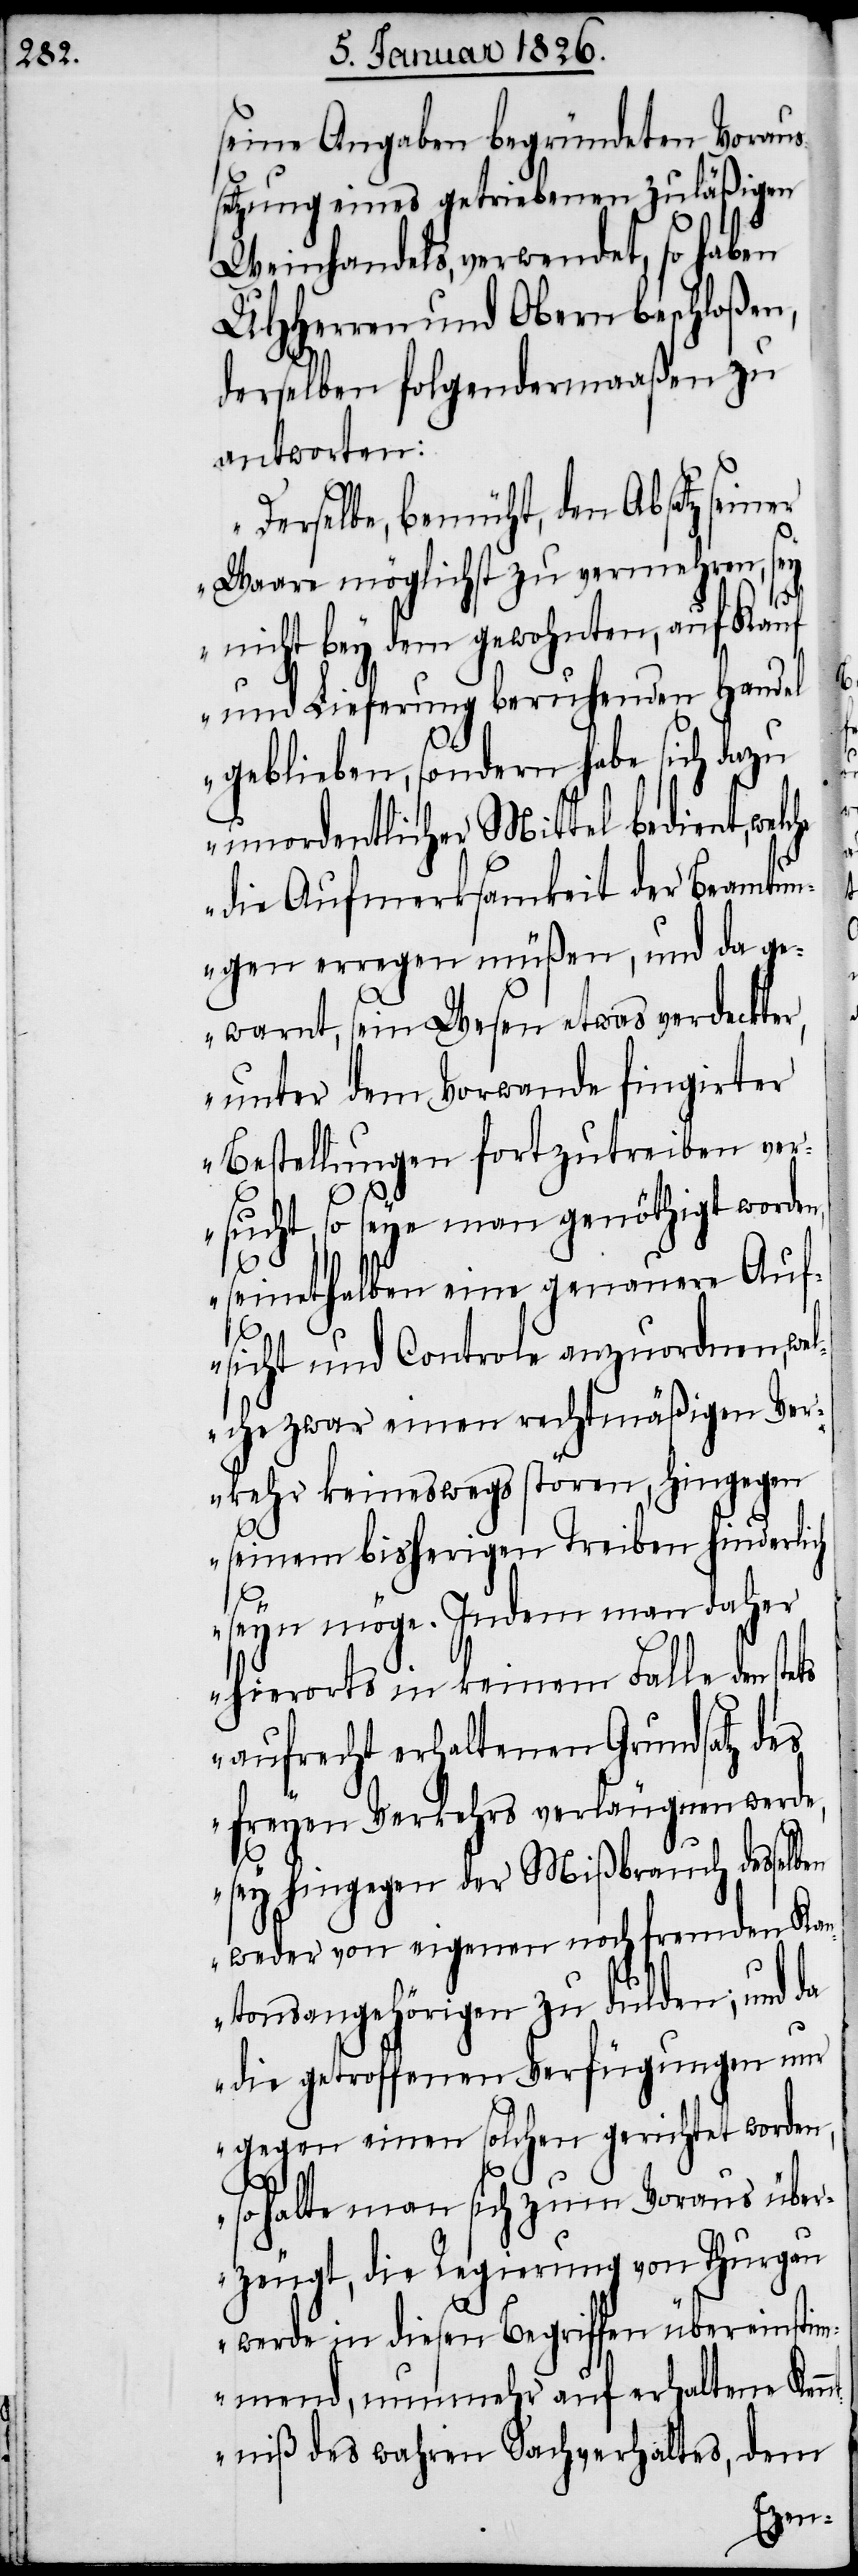
seine Angaben begründeten Voraus¬
setzung eines getriebenen zuläßigen
Weinhandels, verwendet, so haben
UHHerren und Obern beschloßen,
derselben folgendermaaßen zu
antworten:
„Derselbe, bemüht, den Absatz seiner
Waare möglichst zu vermehren, sey
nicht bey dem gewohnten, auf Kauf
und Lieferung beruhenden Handel
geblieben, sondern habe sich dazu
unordentlicher Mittel bedient,
die Aufmerksamkeit der Beamtun¬
gen erregen müßen, und da ge¬
warnt, sein Wesen etwas verdeckter,
unter dem Vorwande fingirter
Bestellungen fortzutreiben ver¬
sucht, so seye man genöthigt worden,
seinethalben eine genauere Auf¬
sicht und Controle anzuordnen, wel¬
che zwar einen rechtmäßigen Ver¬
kehr keineswegs stören, hingegen
seinem bisherigen Treiben hinderlich
seyn möge. Indem man daher
hierorts in keinem Falle den ste¬
aufrecht erhaltenen Grundsatz des
freyen Verkehrs verläugnen werde,
sey hingegen der Mißbrauch desselb¬
en weder von eigenen noch fremden Ka¬
ntonsangehörigen zu dulden; und da
die getroffenen Verfügungen nur
gegen einen solchen gerichtet worden,
ts
so halte man sich zum Voraus über¬
zeugt, die Regierung von Thurgau
werde in diesen Begriffen übereinstim¬
mend, nunmehr auf erhaltene Kenn¬
tniß des wahren Sachverhaltes, dem